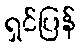
ရှင်ပြန်